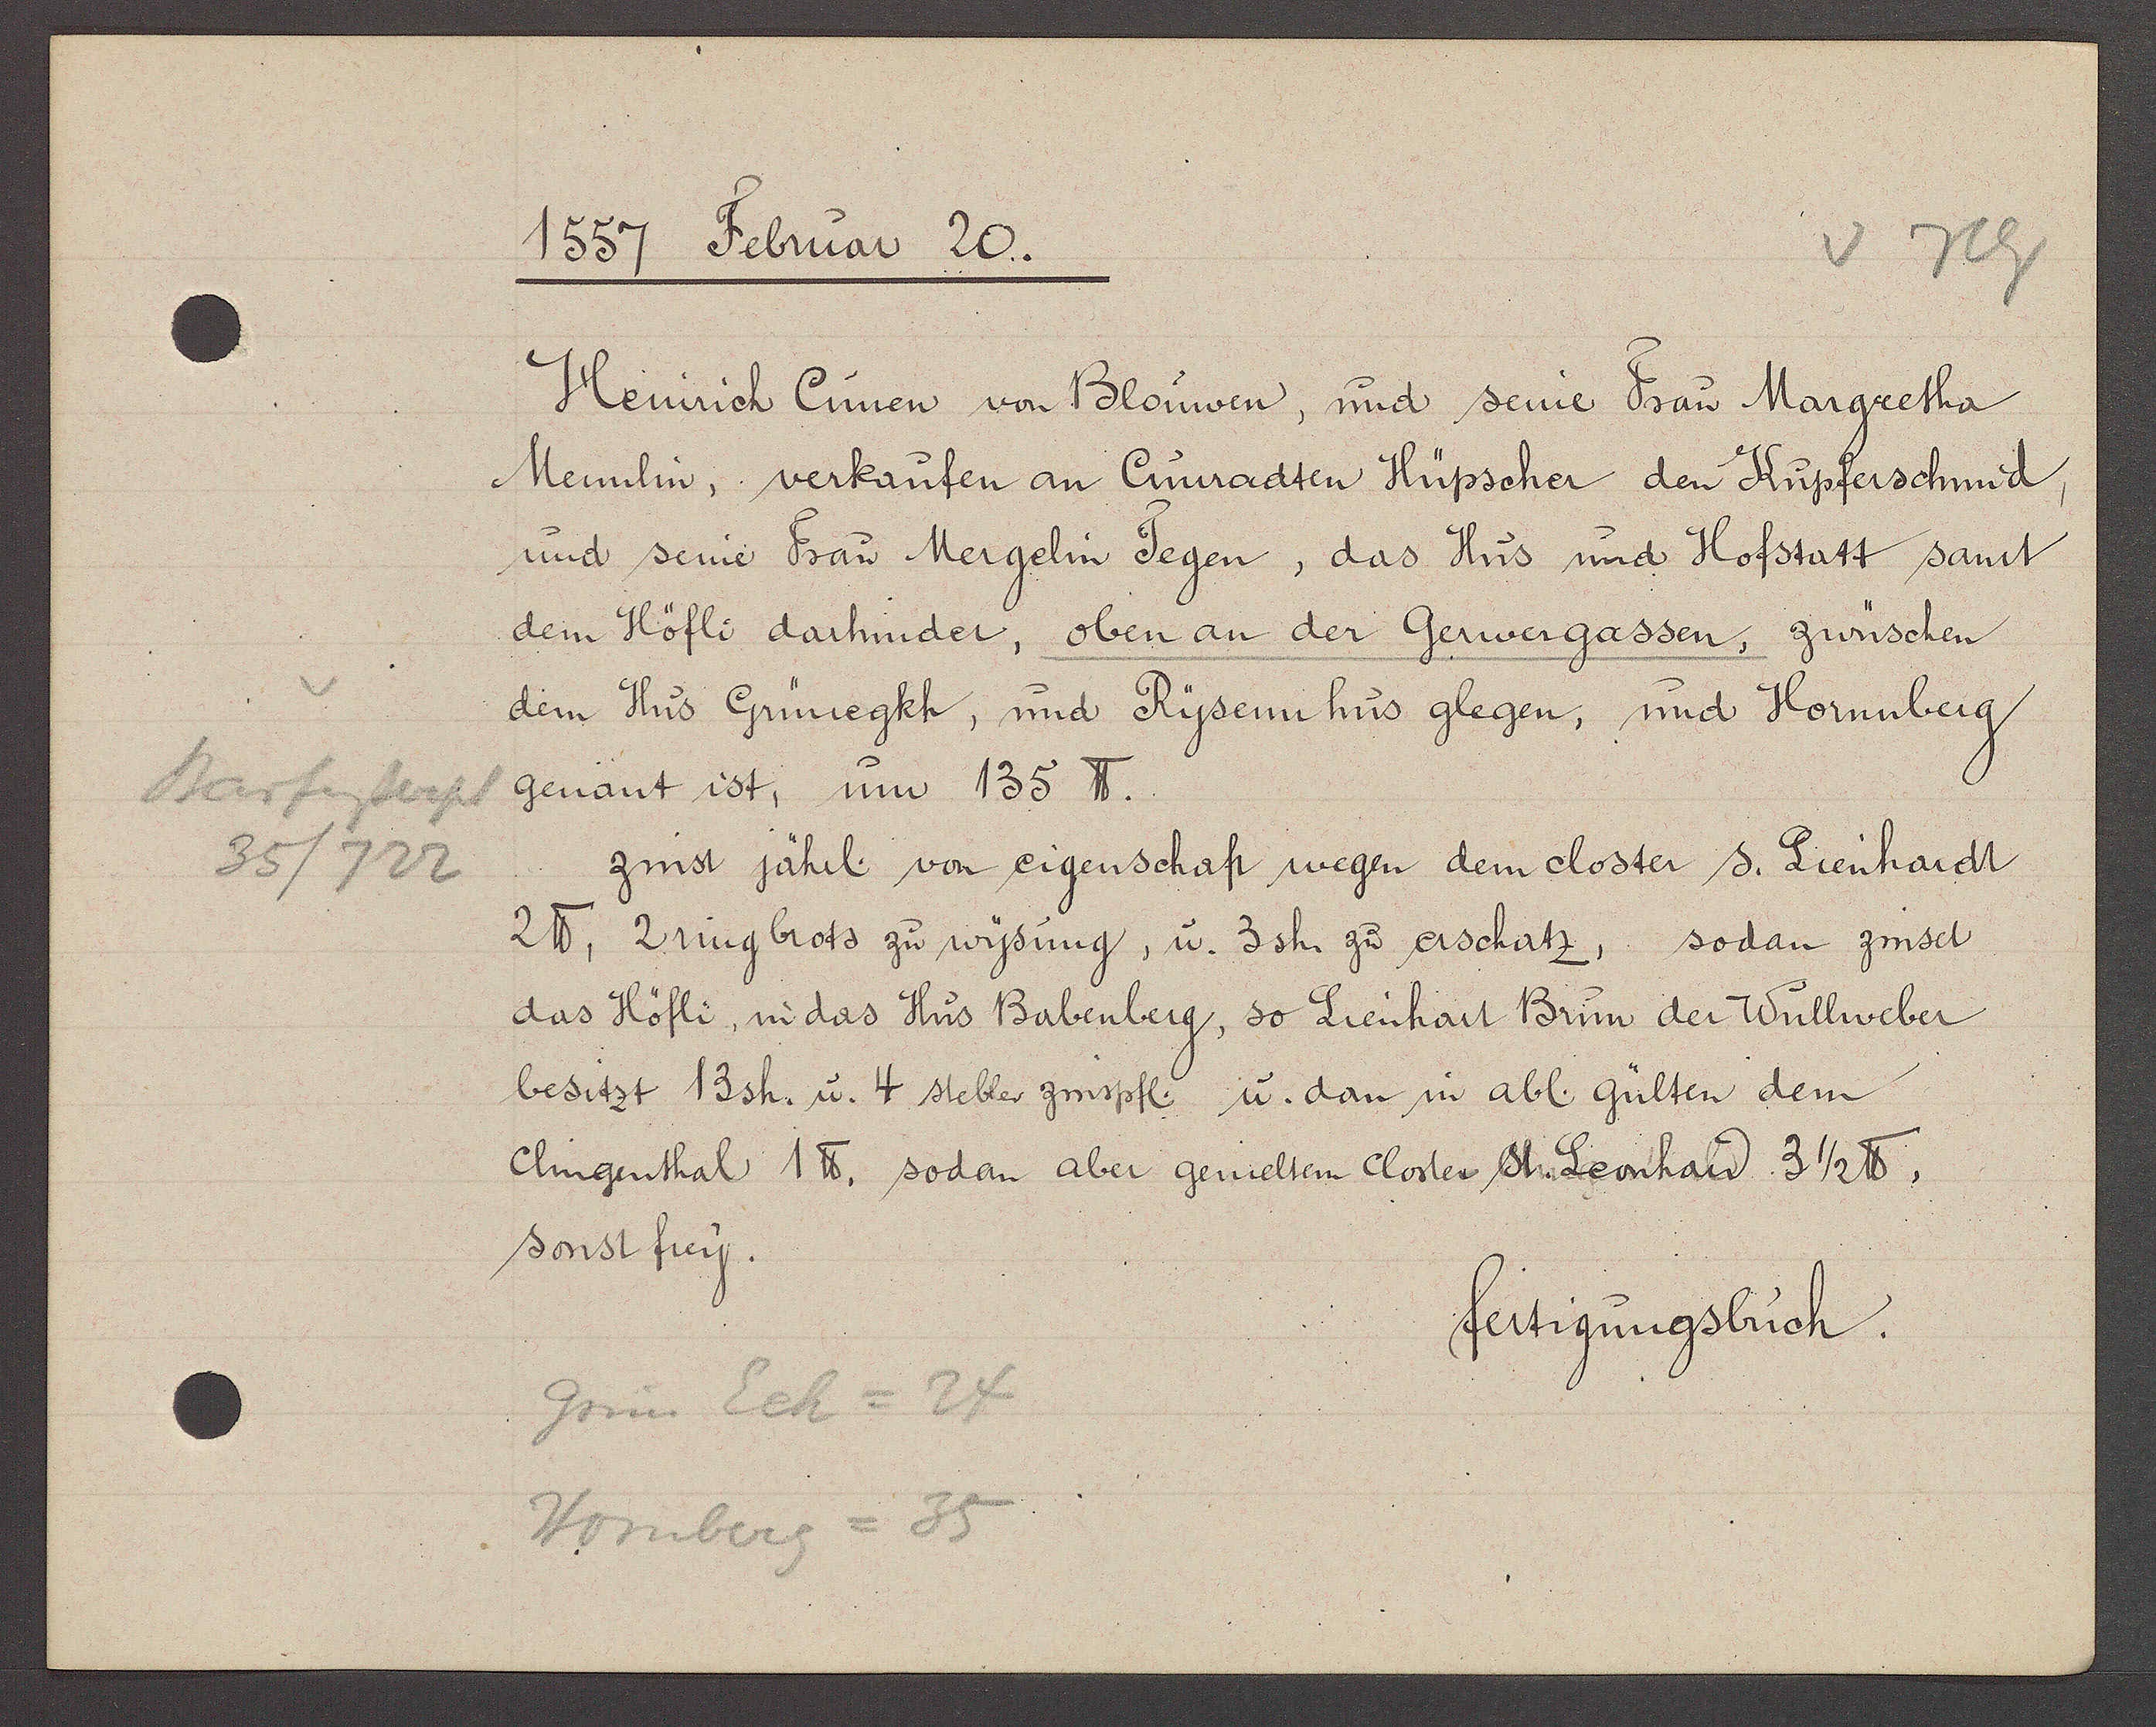
Transcript:
Barfusserpl
35/722

1557 Februar 20.

Heinrich Cunen von Blouwen, und seine Frau Margretha
Mennlin, verkaufen an Cunradten Hüpscher den Kupferschmid,
und seine Frau Mergelin Tegen, das Hus und Hofstatt samt
dem Höfli darhinder, oben an der Gerwergassen, zwüschen
dem Hus Grünegkh, und Rysenn hus glegen, und Hornnberg
genant ist, um 135 ℔.
zinst jährl von eigenschaft wegen dem closter s. Lienhardt
2 ℔, 2 ring brots zu wysung, u. 3sh zu erschatz, sodan zinset
das Höfli, in das Hus Babenberg, so Lienhart Brun der Wullweber
besitzt 13sh. u. 4 stebler zinspfl u. dan in abl. gülten dem
Clingenthal 1 ℔. sodan aber gemeltem Closter St Leonhard 3 1/2 ℔,
sonst frey.

Grün Eck = 24
Hornberg = 35

fertigungsbuch.